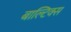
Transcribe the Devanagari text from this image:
बाल्टिक्स